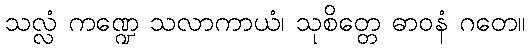
သလ္လံ ကဏ္ဍေ သလာကာယံ၊ သုစိတ္တေ ဓာဝနံ ဂတေ။